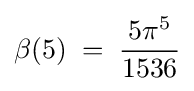
\beta (5)\;=\;{\frac {5\pi ^{5}}{1536}}